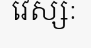
វេស្សៈ